Indian journal of veterinary science and animal husbandry - Volumes 18-21, 1948-1951
Year: 1948
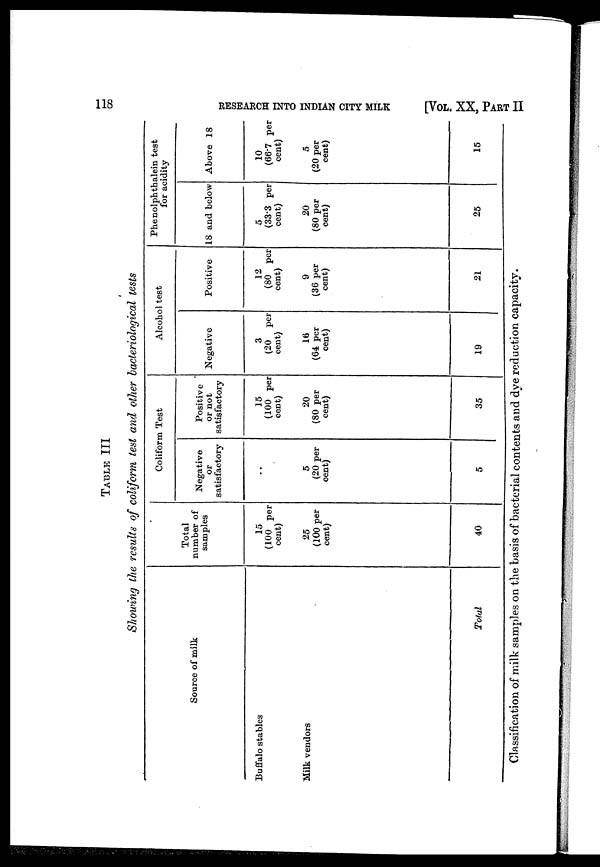
118
RESEARCH INTO INDIAN CITY MILK
[VOL. XX, PART II
TABLE III
Showing the results of coliform test and other bacteriological tests
Source of milk
Buffalo stables
Milk vendors
Total
Total
number of
samples
15
(100 per
cent)
25
(100 per
cent)
40
Coliform Test
Negative
or
satisfactory
..
5
(20 per
cent)
5
Positive
or not
satisfactory
15
(100 per
cent)
20
(80 per
cent)
35
Alcohol test
Negative
3
(20 per
cent)
16
(64 per
cent)
19
Positive
12
(80 per
cent)
9
(36 per
cent)
21
Phenolphthalein test
for acidity
18 and below
5
(33.3 per
cent)
20
(80 per
cent)
25
Above 18
10
(66.7 per
cent)
5
(20 per
cent)
15
Classification of milk samples on the basis of bacterial contents and dye reduction capacity.